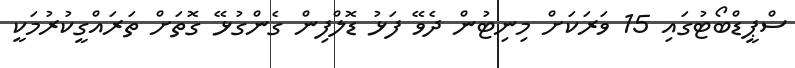
ސްޕީޑްބޯޓުގައި 15 ވަރަކަށް މިނިޓުން ދެވޭ ފަޅު ޑޮލްފިން ގެންގުޅޭ ގޮތަށް ތަރައްގީކުރުމަކީ